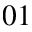
_ { 0 1 }